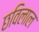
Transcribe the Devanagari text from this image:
छविलाल